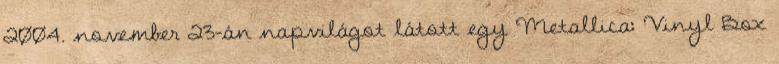
2004. november 23-án napvilágot látott egy Metallica: Vinyl Box